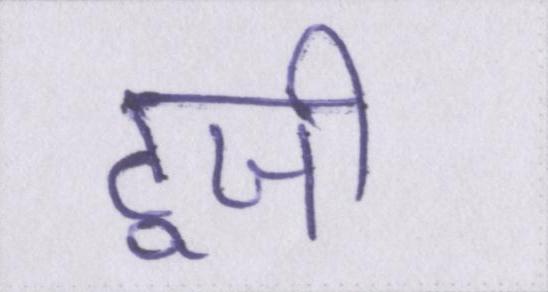
टूजी